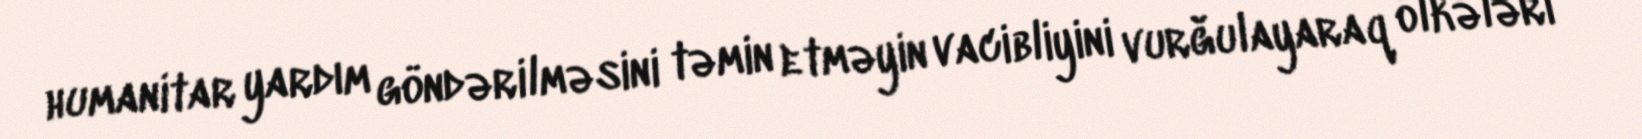
humanitar yardım göndərilməsini təmin etməyin vacibliyini vurğulayaraq ölkələri